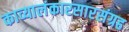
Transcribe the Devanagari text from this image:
काव्यालंकारसारसंग्रह